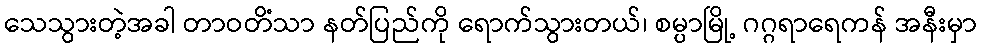
သေသွားတဲ့အခါ တာဝတိံသာ နတ်ပြည်ကို ရောက်သွားတယ်၊ စမ္ပာမြို့ ဂဂ္ဂရာရေကန် အနီးမှာ